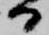
日